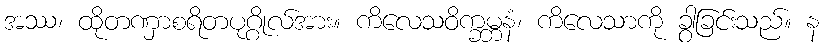
အဿ၊ ထိုတဏှာစရိတပုဂ္ဂိုလ်အား။ ကိလေသဝိက္ခမ္ဘနံ၊ ကိလေသာကို ခွာခြင်းသည်။ န